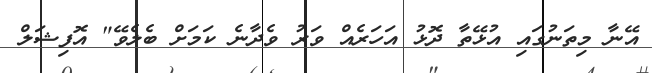
އޭނާ މިތަނުގައި އުޅޭތާ ދޮޅު އަހަރެއް ވަރު ވެދާނެ ކަމަށް ބެލެވޭ" އޮފިޝަލް